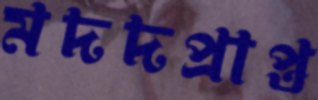
মদদপ্রাপ্ত